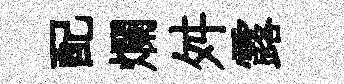
配爛舛露